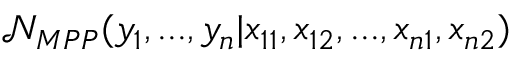
\mathcal { N } _ { M P P } ( y _ { 1 } , . . . , y _ { n } \vert x _ { 1 1 } , x _ { 1 2 } , . . . , x _ { n 1 } , x _ { n 2 } )